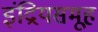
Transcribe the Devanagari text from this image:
इंद्रियसमूह